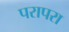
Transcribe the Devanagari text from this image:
परापरा